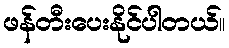
ဖန်တီးပေးနိုင်ပါတယ်။